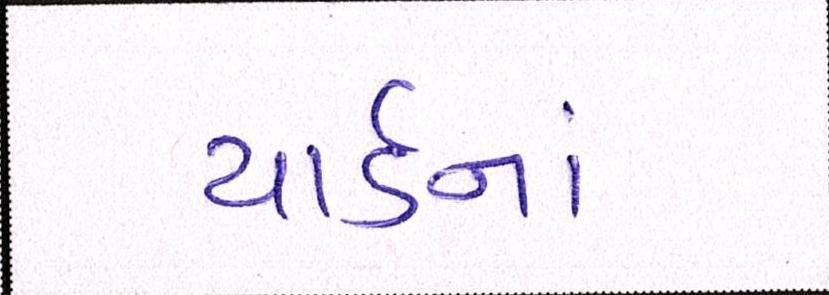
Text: યાર્ડનાં